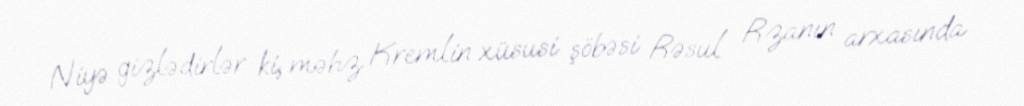
Niyə gizlədirlər ki, məhz Kremlin xüsusi şöbəsi Rəsul Rzanın arxasında